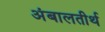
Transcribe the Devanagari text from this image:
अंबालतीर्थ